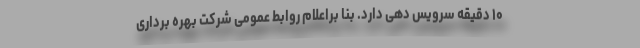
۱۰ دقیقه سرویس دهی دارد. بنا براعلام روابط عمومی شرکت بهره برداری